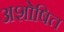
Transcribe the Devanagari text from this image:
अशोषित